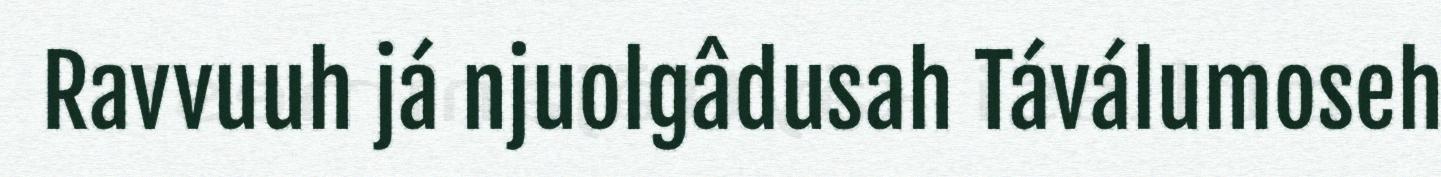
Ravvuuh já njuolgâdusah Táválumoseh